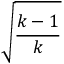
\sqrt { \frac { k - 1 } { k } }